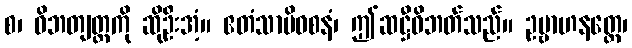
စ၊ ဝိဘတျတ္ထကို ဆိုဦးအံ့။ ဧတံသာမိဝစနံ၊ ဤဆဋ္ဌီဝိဘတ်သည်။ ဥဗ္ဗာဟနတ္ထေ၊